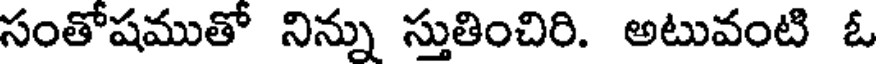
సంతోషముతో నిన్ను స్తుతించిరి. అటువంటి ఓ